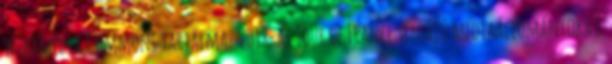
Wikimédia Commons tartalmaz 2018-as Tour de France témájú médiaállományokat.